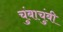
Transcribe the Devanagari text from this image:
चुंबाचुंबी